Civil Veterinary Department Bengal reports 1933-51 - 1933-1951
Year: 1933
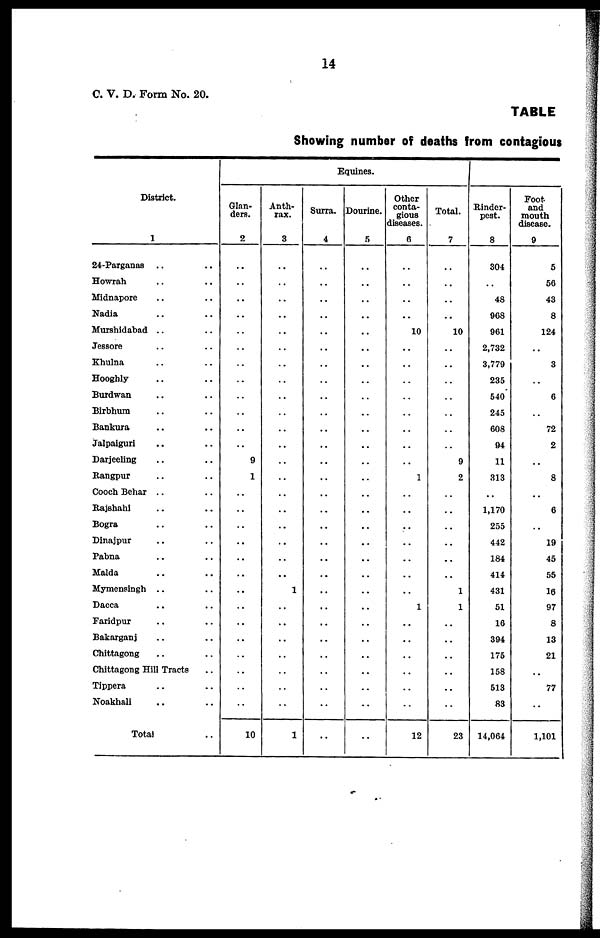
14
C. V. D. Form No. 20.
TABLE
Showing number of deaths from contagious
District.
1
24-Parganas .. ..
Howrah .. ..
Midnapore .. ..
Nadia .. ..
Murshidabad .. ..
Jessore .. ..
Khulna .. ..
Hooghly .. ..
Burdwan .. ..
Birbhum .. ..
Bankura .. ..
Jalpaiguri .. ..
Darjeeling .. ..
Rangpur .. ..
Cooch Behar .. ..
Rajshahi .. ..
Bogra .. ..
Dinajpur .. ..
Pabna .. ..
Malda .. ..
Mymensingh .. ..
Dacca .. ..
Faridpur .. ..
Bakarganj .. ..
Chittagong .. ..
Chittagong Hill Tracts ..
Tippera .. ..
Noakhali .. ..
Total ..
Glan-
ders.
2
..
..
..
..
..
..
..
..
..
..
..
9
1
..
..
..
..
..
..
..
..
..
..
..
..
..
..
10
Anth-
rax.
3
..
..
..
..
..
..
..
..
..
..
..
..
..
..
..
..
..
..
..
..
1
..
..
..
..
..
..
..
1
Equines.
Surra.
4
..
..
..
..
..
..
..
..
..
..
..
..
..
..
..
..
..
..
..
..
..
..
..
..
..
..
..
..
..
Dourine.
5
..
..
..
..
..
..
..
..
..
..
..
..
..
..
..
..
..
..
..
..
..
..
..
..
..
..
..
..
..
Other
conta-
gious
diseases.
6
..
..
..
..
10
..
..
..
..
..
..
..
..
1
..
..
..
..
..
..
..
1
..
..
..
..
..
..
12
Total.
7
..
..
..
10
..
..
..
..
..
..
..
9
2
..
..
..
..
..
..
1
1
..
..
..
..
..
..
23
Rinder-
pest.
8
304
..
48
968
961
2,732
3,779
235
540
245
608
94
11
313
..
1,170
255
442
184
414
431
51
16
394
175
158
513
83
14,064
Foot
and
mouth
disease.
9
5
56
43
8
124
..
3
..
6
..
72
2
..
8
..
6
..
19
45
55
16
97
8
13
21
..
77
..
1,101